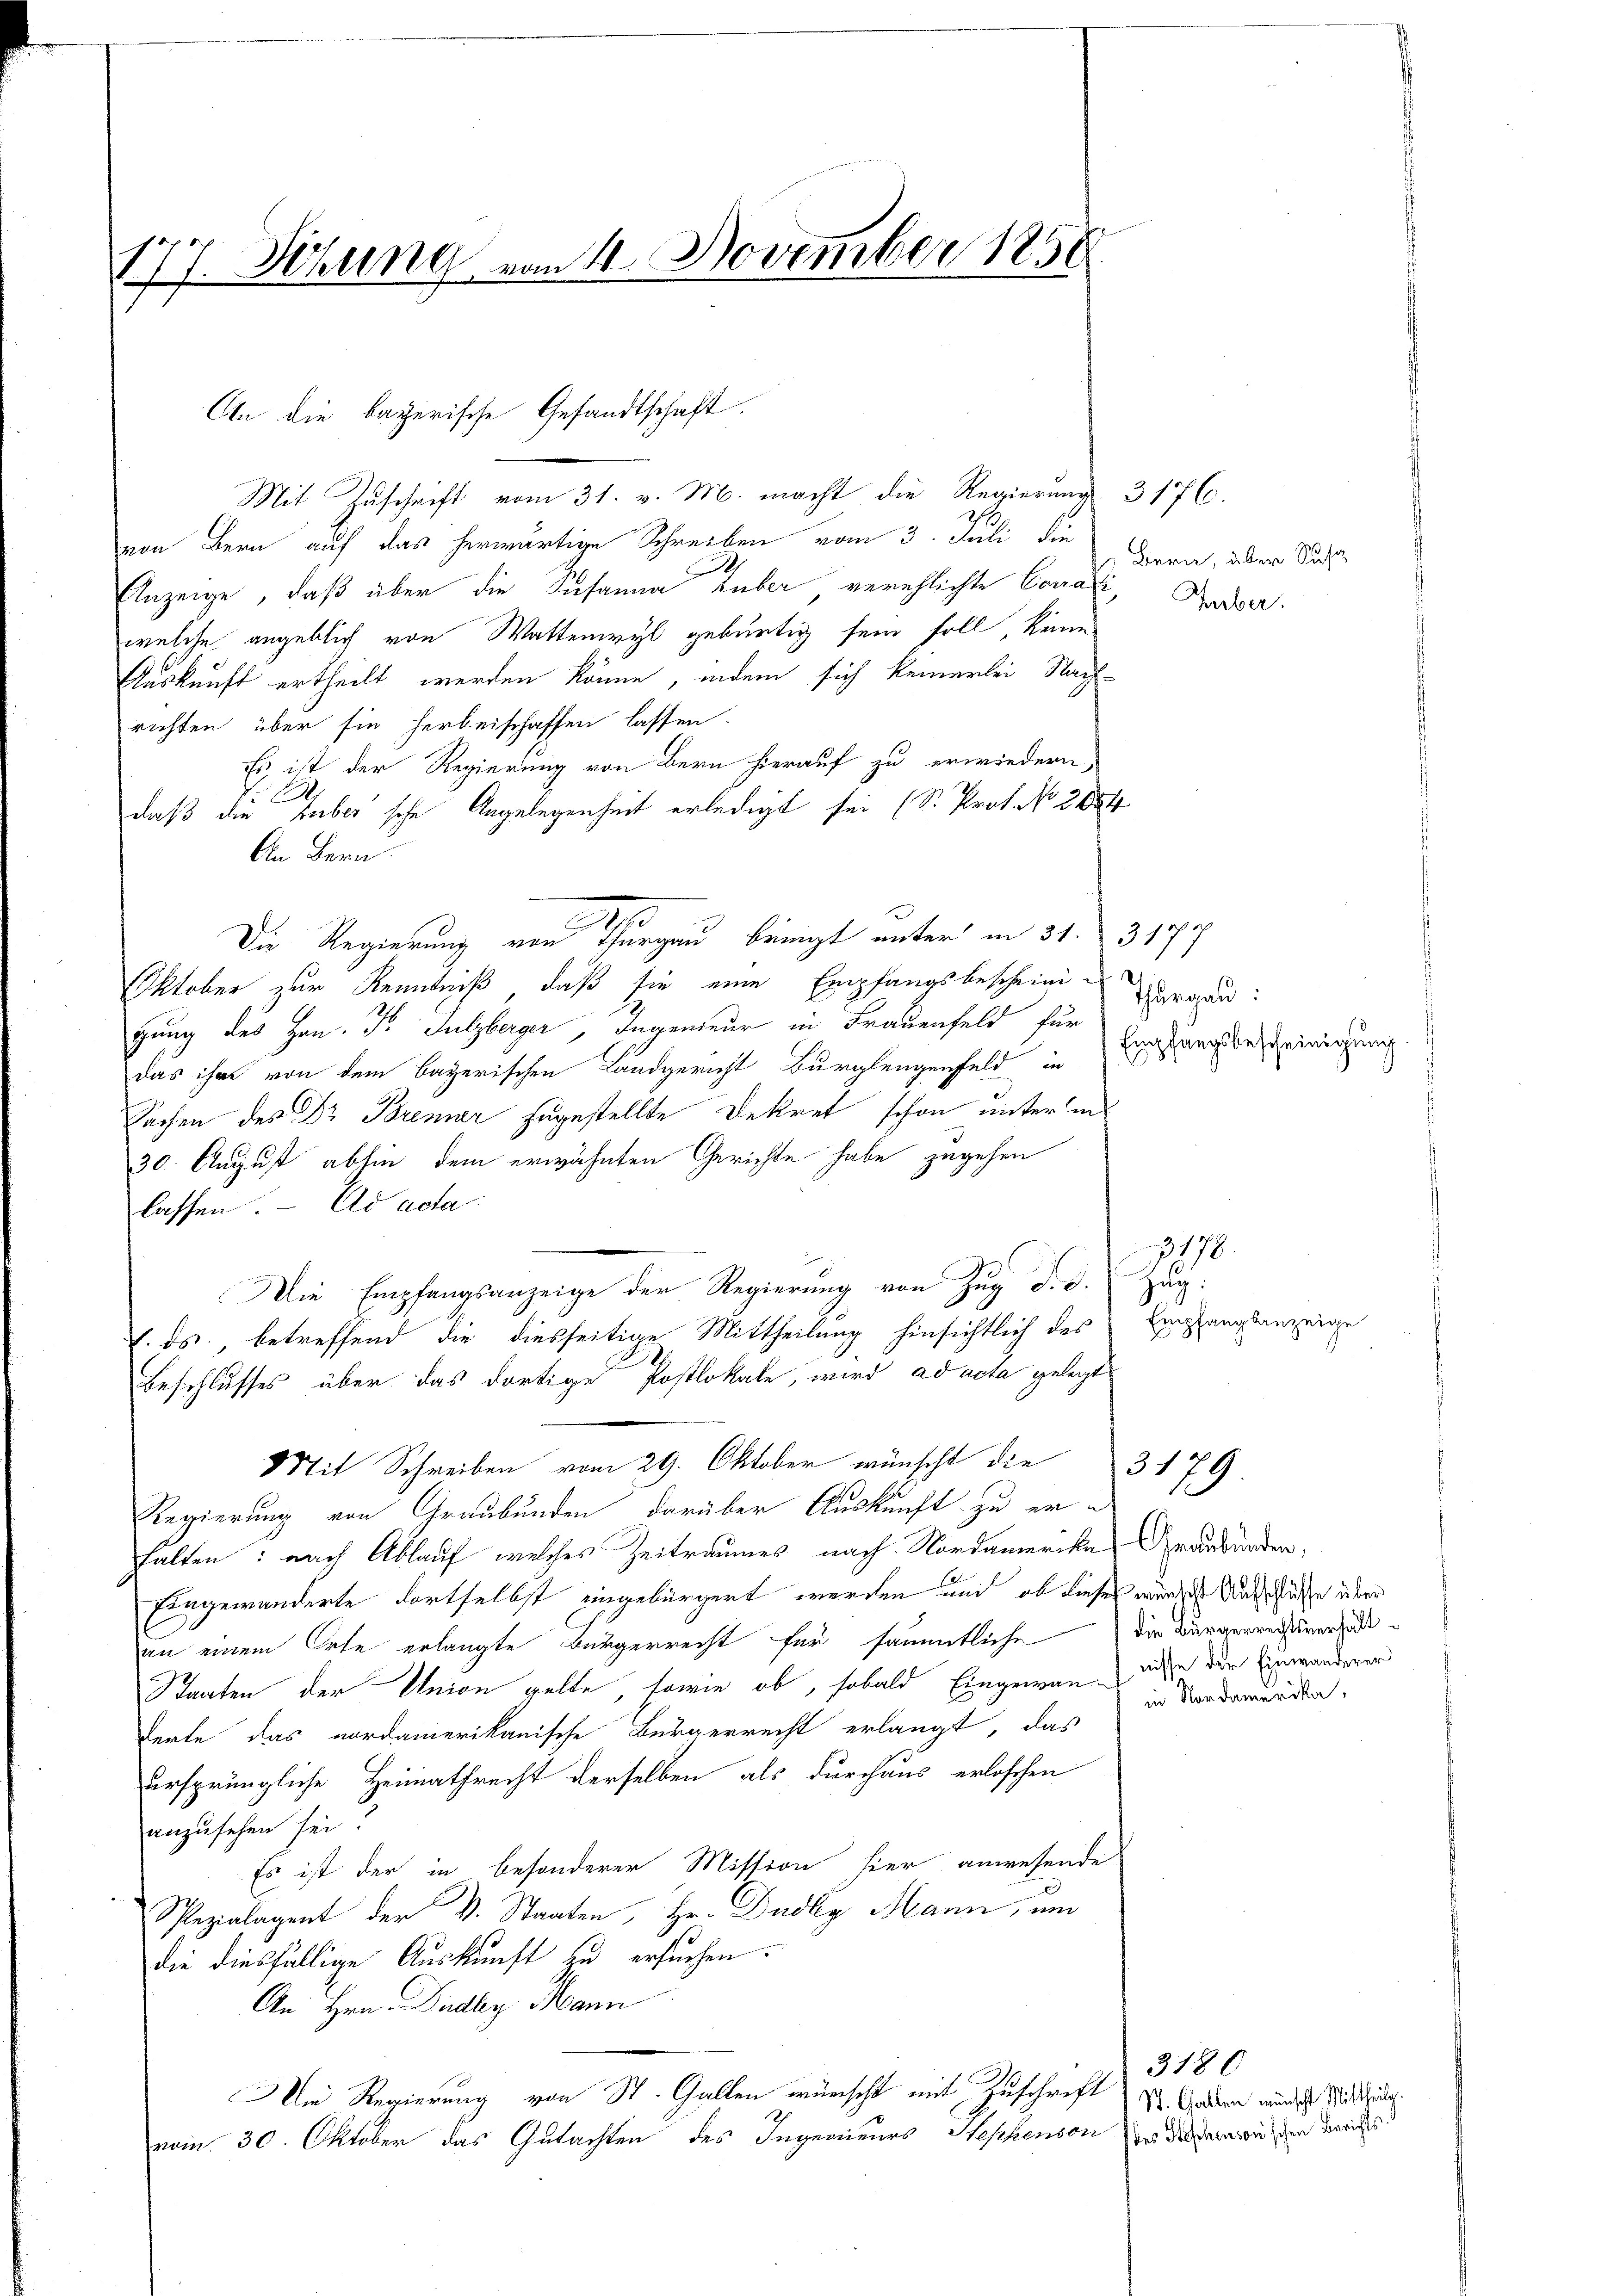
177. Sitzung vom 11. November 1858.

Mit Zuschrift vom 31. v. M. macht die Regierung 3176.
.
von Bern auf das herwärtige Schreiben vom 3. Juli die
Anzeige, daß über die Susanna Huber verehlichte Corali, Ada
welche angeblich von Wattenwyl gebürtig sein soll, keine
Auskunft ertheilt werden könne, indem sich keinerlei Nach-
richten über sie herbeischaffen lassen.
Es ist der Regierung von Bern hierauf zu erwiedern,
F
daß die Huber sche Angelegenheit erledigt sei (S. Prot. No 2654
An Bern
Oktober zur Kenntniß, daß sie eine Empfangsbescheinigung des Hrn. F. Sulzberger, Ingenieur in Frauenfeld für
das ihre von dem bayerischen Landgericht Burglengenfeld in
Sachen des Dr Brenner zugestellte Dekret schon unter in
30. August abhin dem erwähnten Gerichte habe zugehen
lassen. - Ad acta
Die Empfangsanzeige der Regierung von Zug d. d. Zug:
V. ds., betreffend die diesseitige Mittheilung hinsichtlich des
Beschlusses über das dortige Postlokale, wird ad acta gelegt
Mit Schreiben vom 29. Oktober wünscht die
Regierung von Graubünden, darüber Auskunft zu erhalten: nach Ablauf welches Zeitraumes nach Nordamerike Graubünden,
Eingewanderte dortselbst eingebürgert werden und ob dieses würdes Ausschüsse über
an einem Orte erlangte Bürgerrecht für sämmtliche
Staaten der Union gelte, sowie ob, sobald Eingewann ause der Einwanderer
derte das nordamerikanische Bürgerrecht erlangt, das
ursprüngliche Heimathrecht derselben als durchaus erloschen
anzusehen sei?
Es ist der in besonderer Mission hier anwesende
Spezialagent der V. Staaten, Hr. Dadkg Mann, und
die diesfällige Auskunft zu ersuchen.
An Hrn. Dadley Mann
Die Regierung von St. Gallen wünscht mit Zuschrift d. Graden wundes Studiu
vom 30. Oktober das Gutachten des Ingerneurs Heschenson zu der dem in den Berichs

An die bayerische Gesandtschaft

s
Die Regierung von Thurgau bringt unter in 31. 3177

Bern, über Susa

Thurgau:
Empfangsbescheinigung
g

Empfangsanzeige

1178.

die Bürgerrechtsverhältin Nordamerika,

3179

3180